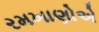
રમખાણોએ